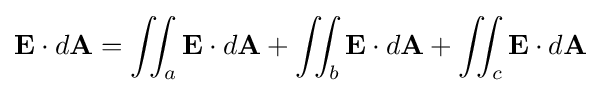
\mathbf {E} \cdot d\mathbf {A} =\iint _{a}\mathbf {E} \cdot d\mathbf {A} +\iint _{b}\mathbf {E} \cdot d\mathbf {A} +\iint _{c}\mathbf {E} \cdot d\mathbf {A}